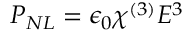
P _ { N L } = \epsilon _ { 0 } \chi ^ { ( 3 ) } E ^ { 3 }